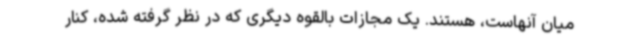
میان آنهاست، هستند. یک مجازات بالقوه دیگری که در نظر گرفته شده، کنار